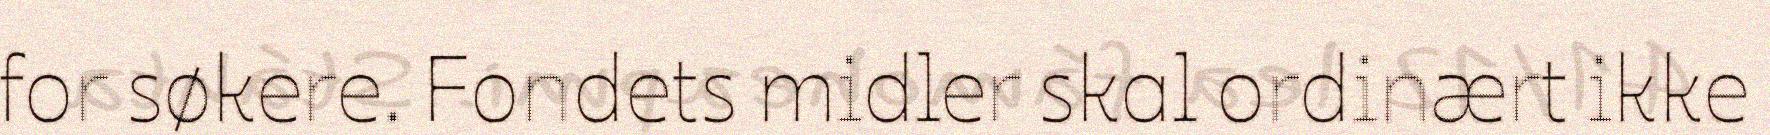
for søkere. Fondets midler skal ordinært ikke